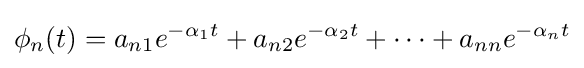
\phi _{n}(t)=a_{n1}e^{-\alpha _{1}t}+a_{n2}e^{-\alpha _{2}t}+\cdots +a_{nn}e^{-\alpha _{n}t}